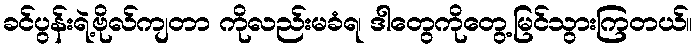
ခင်ပွန်းရဲ့ဗိုလ်ကျတာ ကိုလည်းမခံရ၊ ဒါတွေကိုတွေ့မြင်သွားကြတယ်။